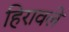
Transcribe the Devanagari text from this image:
हिरावले